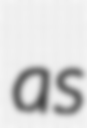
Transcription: as